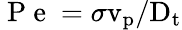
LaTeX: \mathrm{\mathrm{~P~e~}}=\sigma\mathrm{v}_{\mathrm{p}}/\mathrm{D}_{\mathrm{t}}